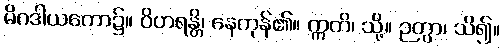
မိဂဒါယတော၌။ ဝိဟရန္တိ၊ နေကုန်၏။ ဣတိ၊ သို့။ ဉတွာ၊ သိ၍။